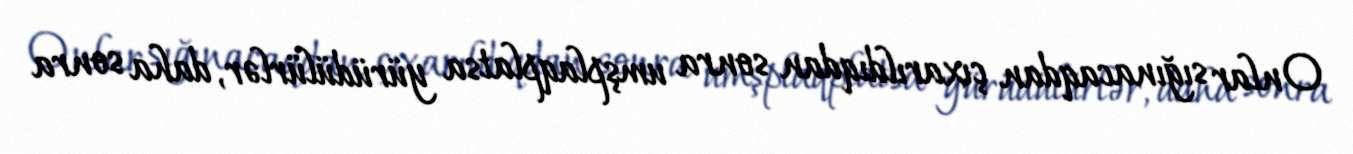
Onlar sığınacaqdan çıxarıldıqdan sonra umşplaqplatsa yürüdülürlər, daha sonra